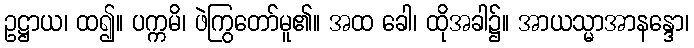
ဥဋ္ဌာယ၊ ထ၍။ ပက္ကမိ၊ ဖဲကြွတော်မူ၏။ အထ ခေါ၊ ထိုအခါ၌။ အာယသ္မာအာနန္ဒော၊